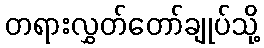
တရားလွှတ်တော်ချုပ်သို့